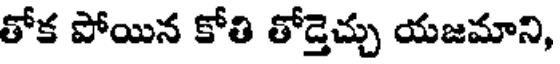
తోక పోయిన కోతి తోడ్తెచ్చు యజమాని,